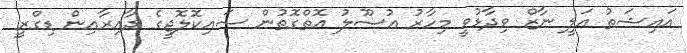
އައިޝަތު އަލީ ނާޒް ވިދާޅުވީ މިހާރު އުސޫލު އޮތްގޮތުން ސައިކޮލޮޖީގެ ދާއިރާއިން ޑިގްރީ